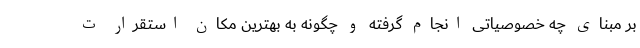
بر مبنای چه خصوصیاتی انجام گرفته و چگونه به بهترین مکان استقرار ت